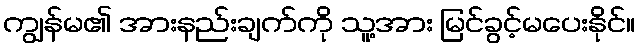
ကျွန်မ၏ အားနည်းချက်ကို သူ့အား မြင်ခွင့်မပေးနိုင်။